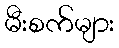
မီးစက်များ